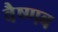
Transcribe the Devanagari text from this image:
वैष्णब